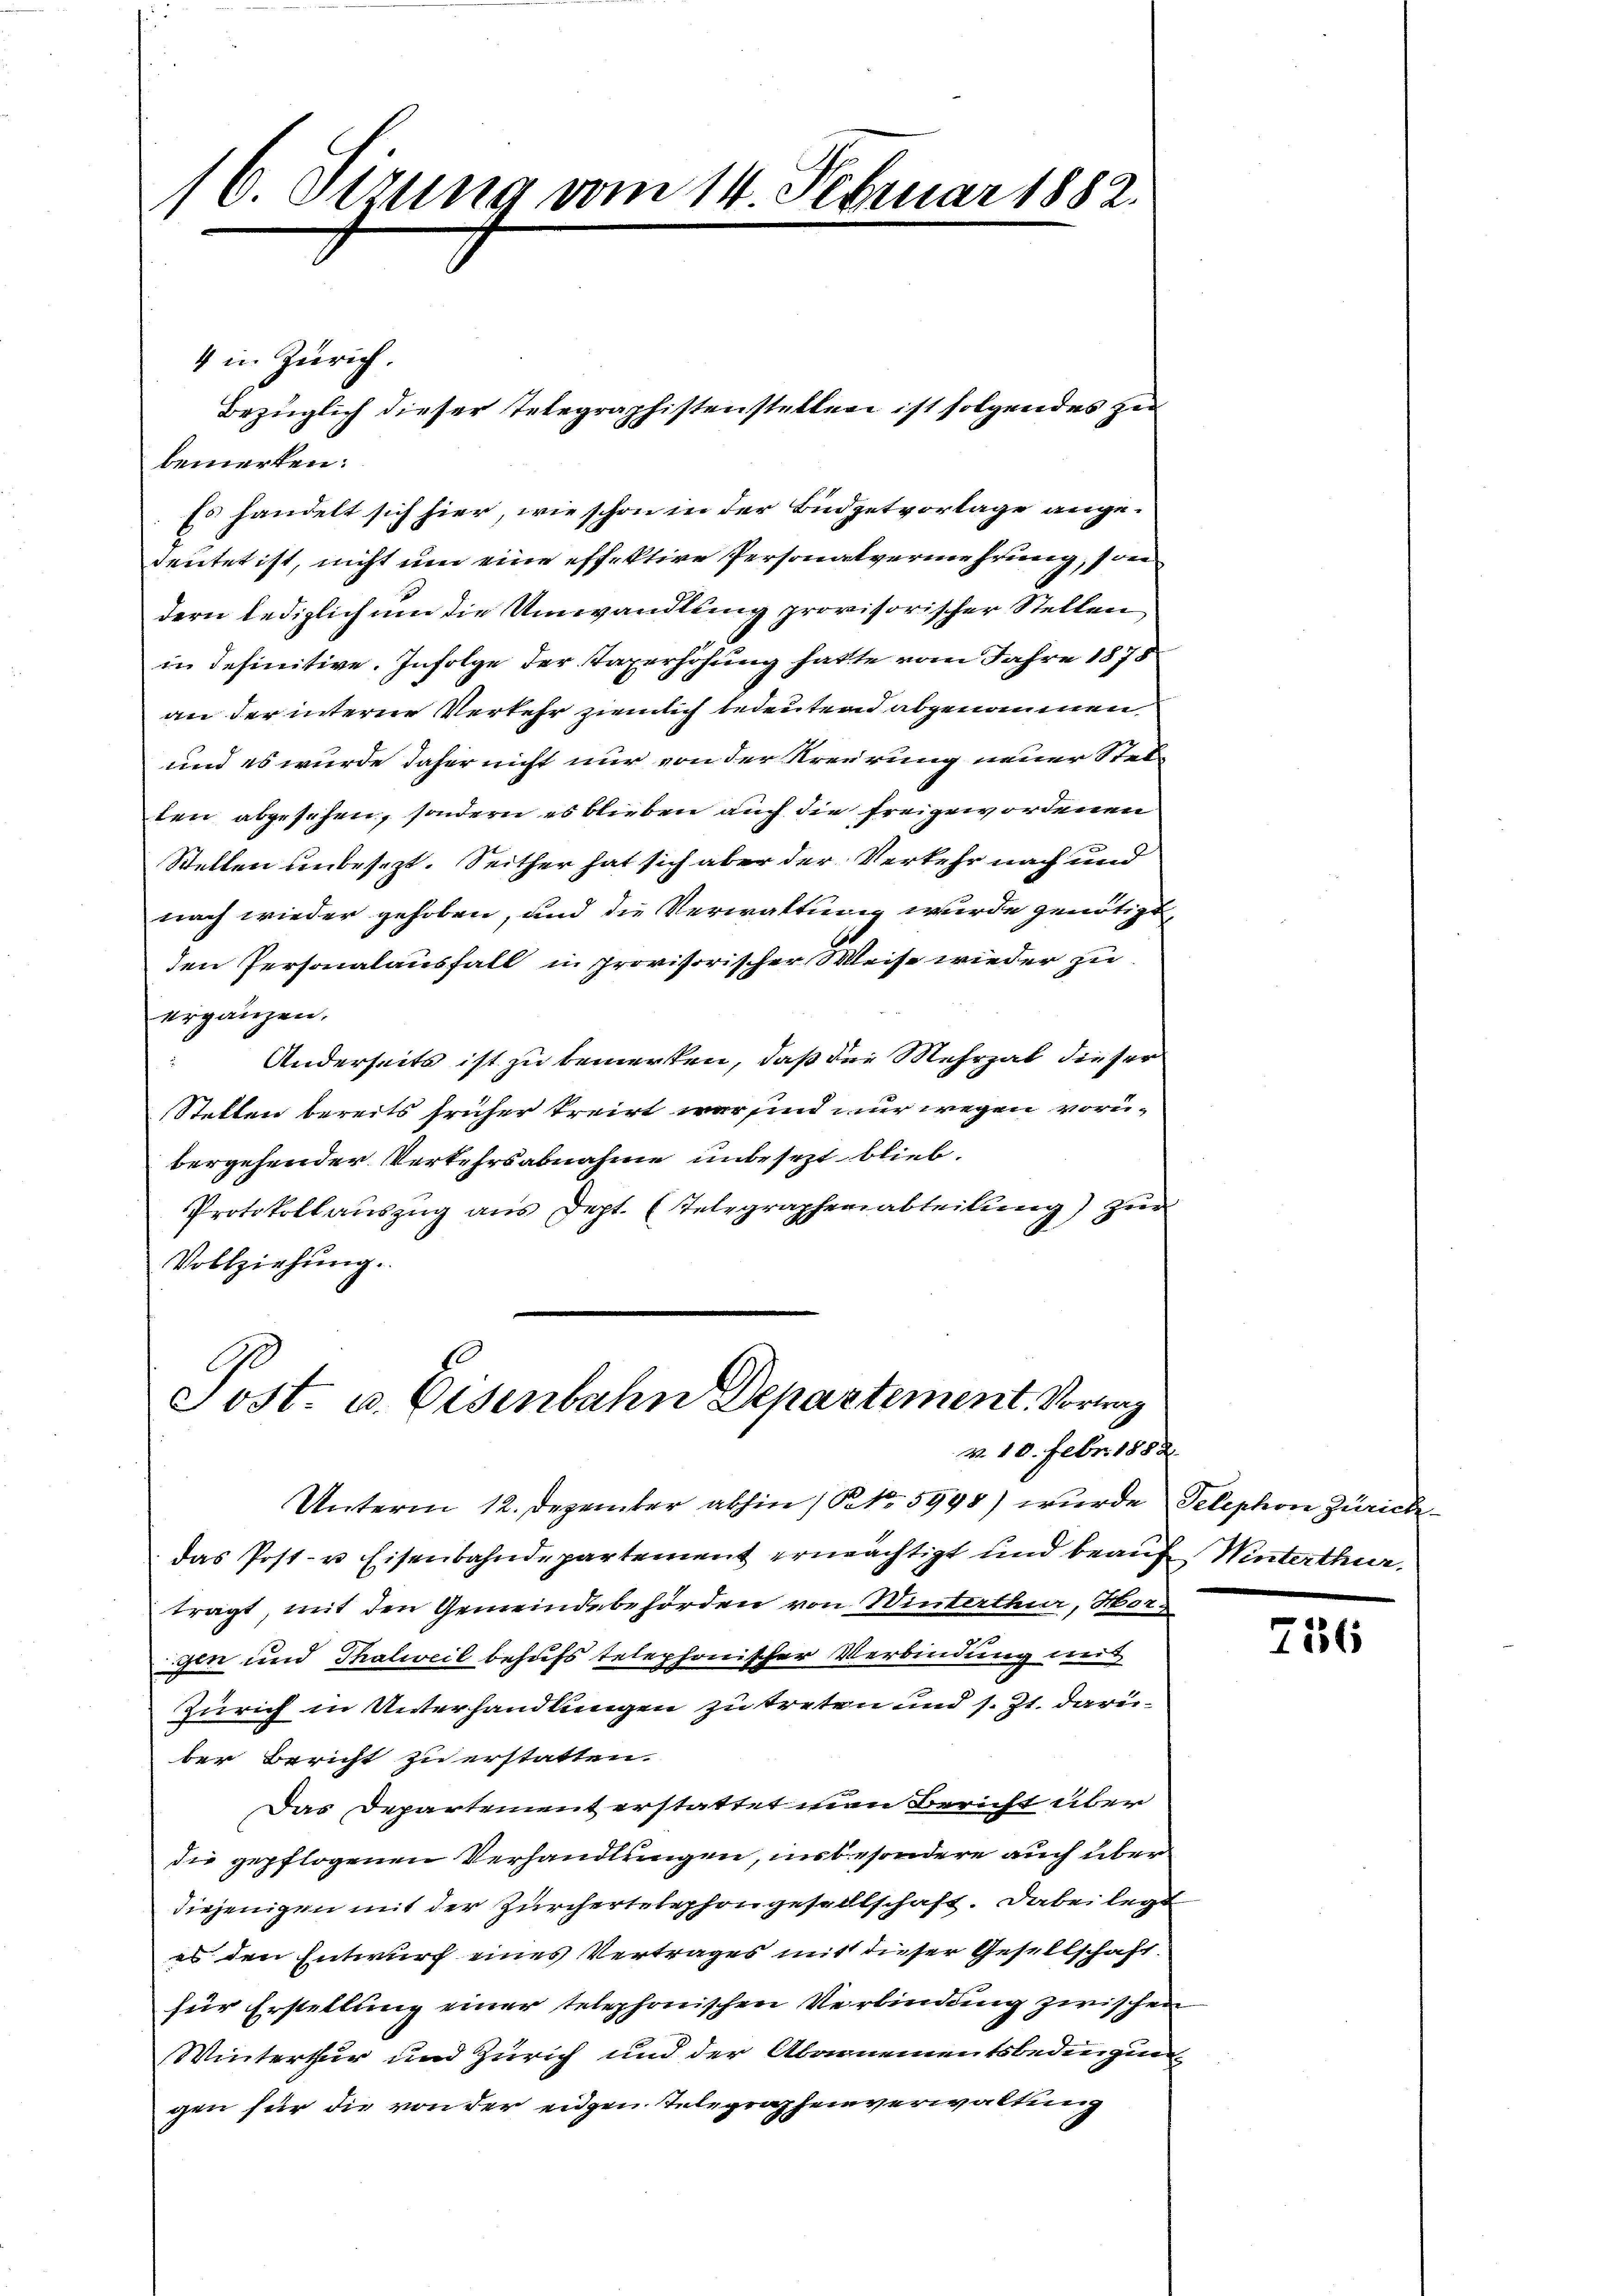
4 in Zürich.
bemerken:
Es handelt sich hier, wie schon in der Büdgetvorlage angedeutet ist, nicht um eine effektive Personalvermehrung, son
dern lediglich um die Umwandlung provisorischer Stellen
in definitive. Infolge der Taxerhöhung hatte vom Jahre 1875
an der interne Verkehr ziemlich bedeutend abgenommen.
und es wurde daher nicht nur von der Kreirung neuer Stelten abgesehen, sondern es blieben auch die freigewordenen
Stellen unbesezt. Seither hat sich aber der Verkehr nach und
nach wieder gehoben, und die Verwaltung wurde genötigt
den Personalausfall in provisorischer Weise wieder zu
ergänzen.
Anderseits ist zu bemerken, daß die Mehrzal dieser
z
Stellen bereits früher treirt war sind nur wegen vorübergehender Verkehrsabnahme unbesezt blieb.
Protokollaŭszŭg aŭs dept. (Telegraphenabteilŭng zŭr
Vollziehŭng.

16. Setzung vom 14. Februar 1882.

Bezüglich dieser Telegraphistenstellen ist folgendes zu

Post u. Eisenbahn Departement. Vortrag
v 10. Febr. 1888
Unterm 12. Dezember abhin 1 S. 5998) wurde Telephon Zürich

das Post- u Eisenbahndepartement ermächtigt und beauf Winterthur,
trägt, mit den Gemeindebehörden von Winterthur, Hors-
gen und Thalweil behufs telephonischer Verbindung mit
Zürich in Unterhandlungen zu treten und s. Zt. darüber Bericht zu erstatten.
Das Departement erstattet man Bericht über
die gepflogenen Verhandlungen, unbesondere auch über
diejenigen mit der Zürchertelephongesellschaft. Dabei legt
es den Entwurf eines Vertrages mit dieser Gesellschaft.
für Erstellung einer telephonischen Verbindung zwischen
Winterthur und Zürich und der Abonnementsbedingung
gen für die von der eidgen Telegraphenverwaltung

36